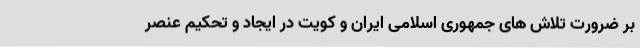
بر ضرورت تلاش های جمهوری اسلامی ایران و کویت در ایجاد و تحکیم عنصر